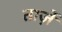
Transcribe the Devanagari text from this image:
ताज़ें